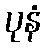
ပုနံ